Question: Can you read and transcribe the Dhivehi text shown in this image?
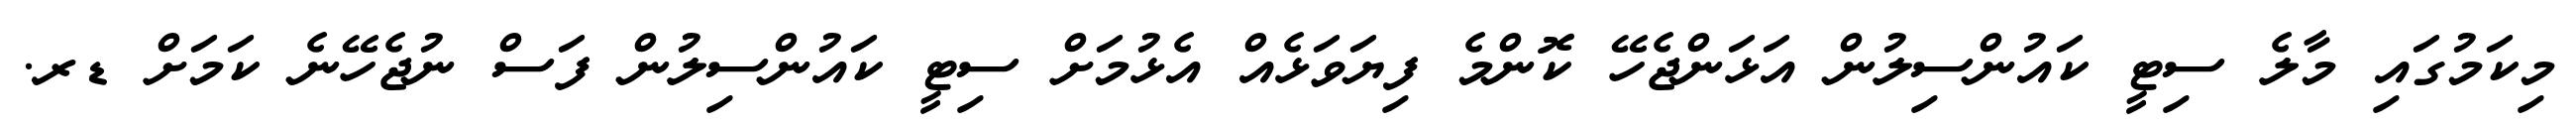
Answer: މިކަމުގައި މާލެ ސިޓީ ކައުންސިލުން އަޅަންޖެހޭ ކޮންމެ ފިޔަވަޅެއް އެޅުމަށް ސިޓީ ކައުންސިލުން ފަސް ނުޖެހޭނެ ކަމަށް ޑރ.